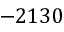
- 2 1 3 0